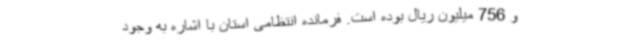
و 756 میلیون ریال بوده است. فرمانده انتظامی استان با اشاره به وجود